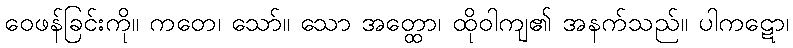
ဝေဖန်ခြင်းကို။ ကတေ၊ သော်။ သော အတ္ထော၊ ထိုဝါကျ၏ အနက်သည်။ ပါကဋော၊